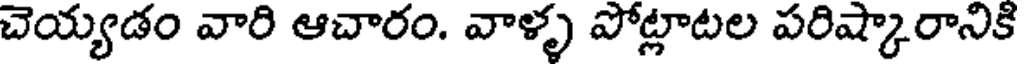
చెయ్యడం వారి ఆచారం. వాళ్ళ పోట్లాటల పరిష్కారానికి